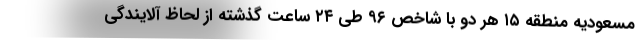
مسعودیه منطقه ۱۵ هر دو با شاخص ۹۶ طی ۲۴ ساعت گذشته از لحاظ آلایندگی